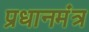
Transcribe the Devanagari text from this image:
प्रधानमंत्र